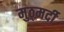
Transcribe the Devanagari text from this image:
मुठ्मर्दी